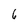
Character: 6